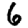
Digit: 6